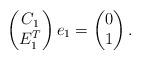
LaTeX: \begin{align*}\begin{pmatrix} C_1\\ E_1^T \end{pmatrix}e_1 =\begin{pmatrix} 0 \\ 1\end{pmatrix}.\end{align*}